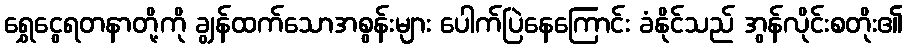
ရွှေငွေရတနာတို့ကို ချွန်ထက်သောအစွန်းများ ပေါက်ပြဲနေကြောင်း ခံနိုင်သည် အွန်လိုင်းစတိုး၏